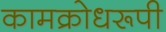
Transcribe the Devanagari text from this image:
कामक्रोधरूपी